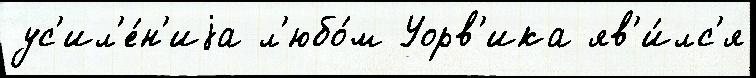
ус'ил'е́н'иjа л'юбо́м Уорв'ика яв'и́лс'я